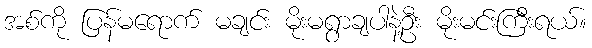
အစ်ကို ပြန်မရောက် မချင်း မိုးမရွာချပါနဲ့ဦး မိုးမင်းကြီးရယ်။